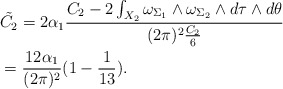
\begin{align*}&\tilde{C_{2}}=2\alpha_{1}\frac{C_{2}-2\int_{X_{2}}\omega_{\Sigma_{1}}\wedge\omega_{\Sigma_{2}}\wedge d\tau\wedge d\theta}{(2\pi)^{2}\frac{C_{2}}{6}}\\&=\frac{12\alpha_{1}}{(2\pi)^{2}}(1-\frac{1}{13}).\end{align*}